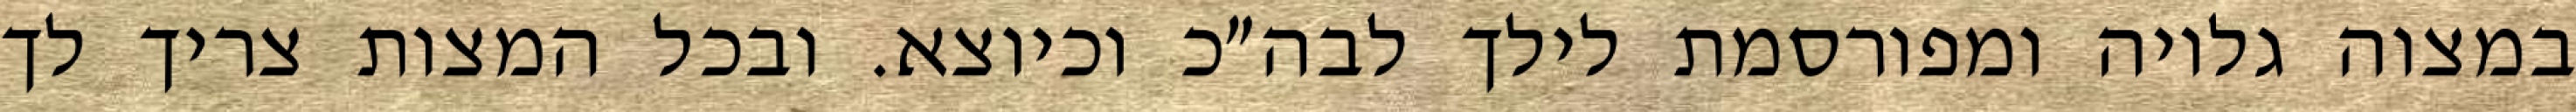
במצוה גלויה ומפורסמת לילך לבה״כ וכיוצא. ובכל המצות צריך לך